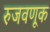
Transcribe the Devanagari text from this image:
रुजवणूक